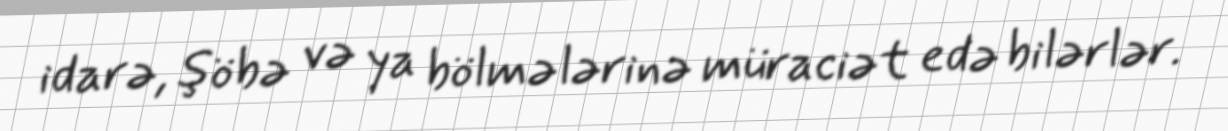
idarə, şöbə və ya bölmələrinə müraciət edə bilərlər.